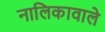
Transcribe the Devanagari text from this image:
नालिकावाले